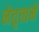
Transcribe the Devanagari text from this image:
नेतृत्वमे